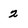
Character: 2